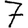
Digit: 7